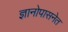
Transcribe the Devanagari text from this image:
ज्ञानोपासनेत